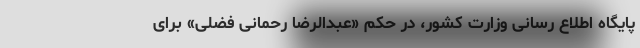
پایگاه اطلاع رسانی وزارت کشور، در حکم «عبدالرضا رحمانی فضلی» برای